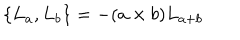
\{ L _ { a } , L _ { b } \} = - ( a \times b ) L _ { a + b }